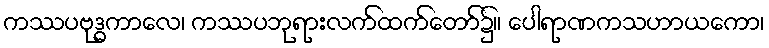
ကဿပဗုဒ္ဓကာလေ၊ ကဿပဘုရားလက်ထက်တော်၌။ ပေါရာဏကသဟာယကော၊